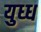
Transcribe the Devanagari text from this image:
युध्ध